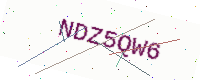
Text: NDZ5QW6